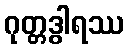
ဂုတ္တဒွါရဿ